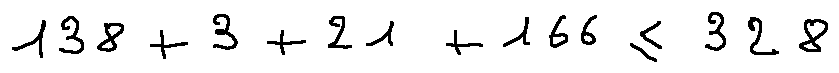
1 3 8 + 3 + 2 1 + 1 6 6 \leq 3 2 8